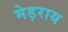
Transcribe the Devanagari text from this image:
मेड़राय